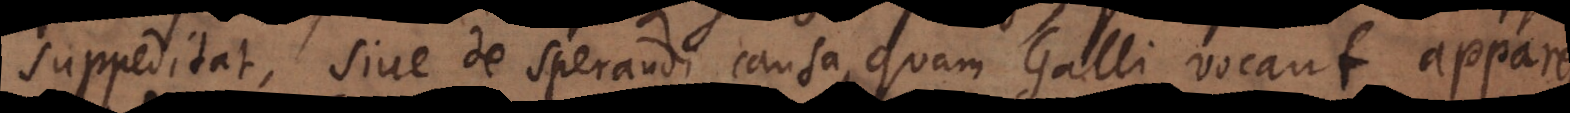
suppeditat, sive de sperandi causa, quam Galli vocant apparence